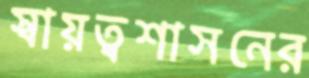
স্বায়ত্বশাসনের